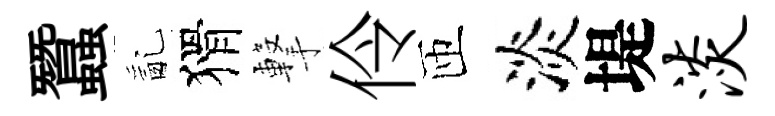
蠶亂猾撃伶匝淡堤淡